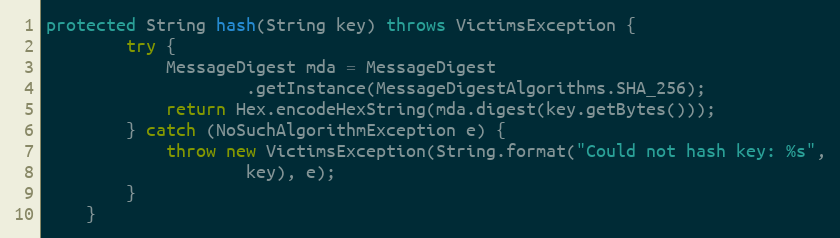
Language: Java
protected String hash(String key) throws VictimsException {
        try {
            MessageDigest mda = MessageDigest
                    .getInstance(MessageDigestAlgorithms.SHA_256);
            return Hex.encodeHexString(mda.digest(key.getBytes()));
        } catch (NoSuchAlgorithmException e) {
            throw new VictimsException(String.format("Could not hash key: %s",
                    key), e);
        }
    }